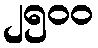
၂၅၀၀